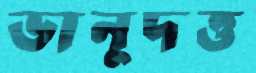
ভানুদত্ত